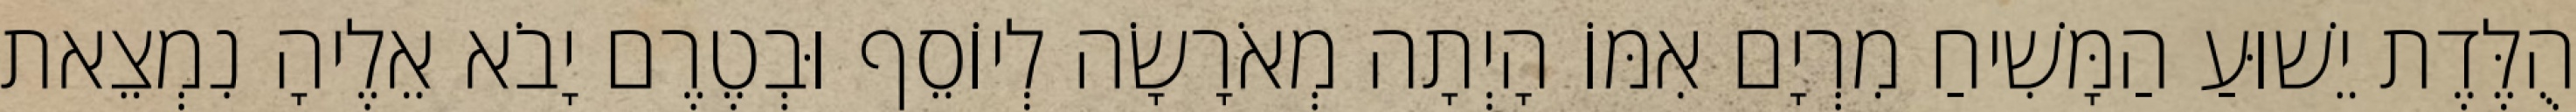
הֻלֶּדֶת יֵשׁוּעַ הַמָּשִׁיחַ מִרְיָם אִמּוֹ הָיְתָה מְאֹרָשָׂה לְיוֹסֵף וּבְטֶרֶם יָבֹא אֵלֶיהָ נִמְצֵאת